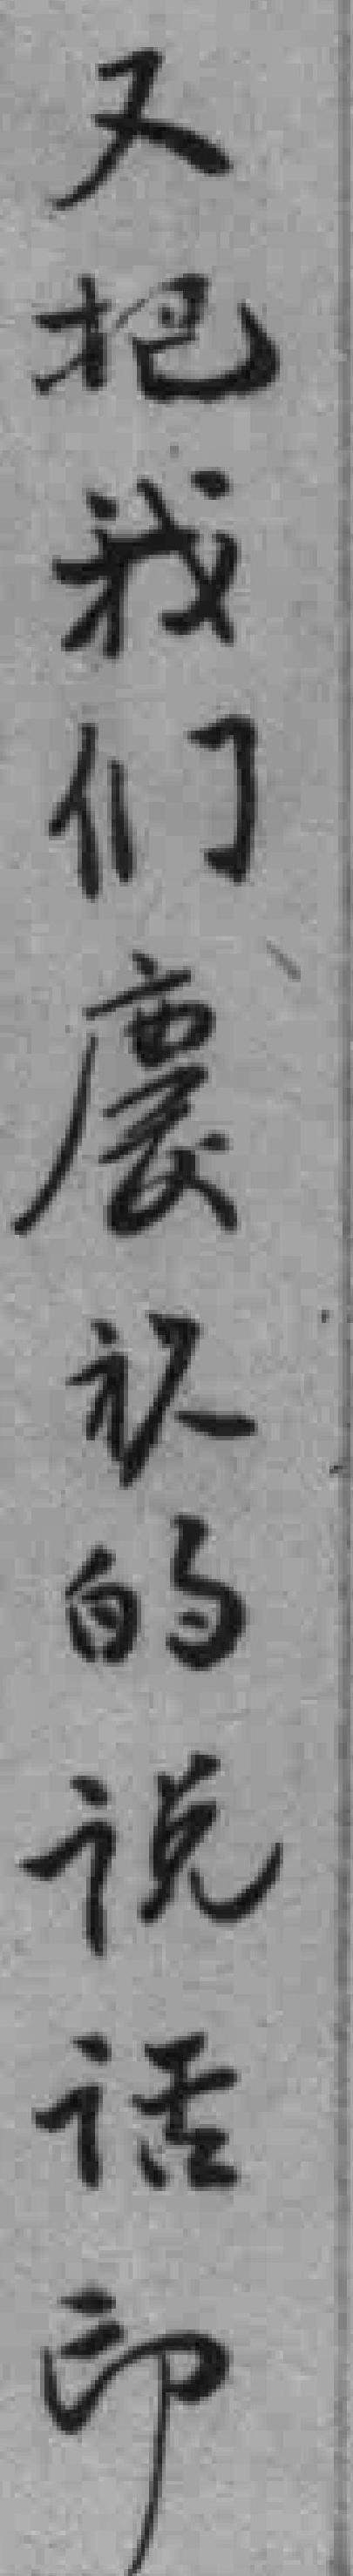
又把我们慶祝的说话印